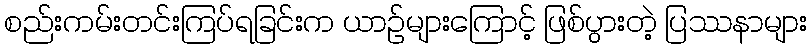
စည်းကမ်းတင်းကြပ်ရခြင်းက ယာဉ်များကြောင့် ဖြစ်ပွားတဲ့ ပြဿနာများ